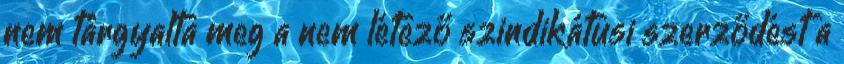
nem tárgyalta meg a nem létező szindikátusi szerződést a